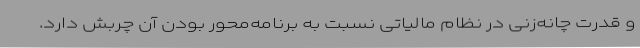
و قدرت چانه‌زنی در نظام مالیاتی نسبت به برنامه‌محور بودن آن چربش دارد.